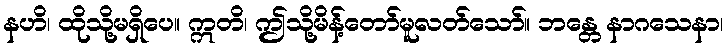
နဟိ၊ ထိုသို့မရှိပေ။ ဣတိ၊ ဤသို့မိန့်တော်မူလတ်သော်။ ဘန္တေ နာဂသေနာ၊